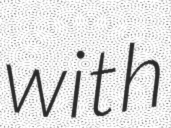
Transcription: with